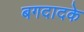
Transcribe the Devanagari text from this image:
बगदादके